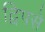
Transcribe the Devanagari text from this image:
द्विपसे